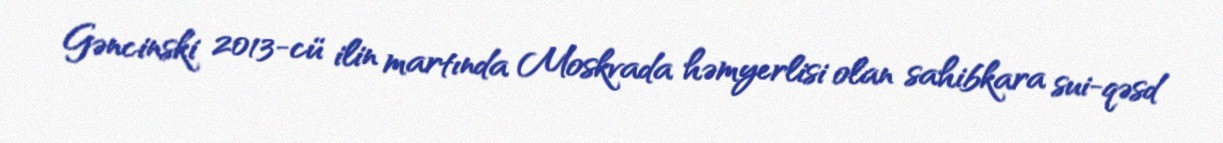
Gəncinski 2013-cü ilin martında Moskvada həmyerlisi olan sahibkara sui-qəsd